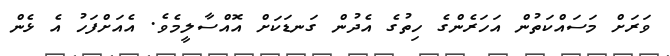
ވަރަށް މަސައްކަތުން އަހަރެންގެ ހިތުގެ އެދުން ގަނޑަކަށް އޮއްސާލީމެވެ. އެއަށްފަހު އެ ޅެން